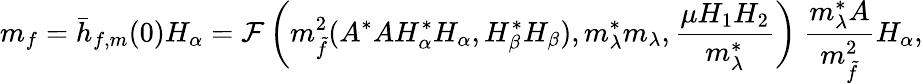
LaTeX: m_{f}=\bar{h}_{f,m}(0)H_{\alpha}={\cal F}\left(m_{\tilde{f}}^{2}(A^{*}AH_{\alpha}^{*}H_{\alpha},H_{\beta}^{*}H_{\beta}),m_{\lambda}^{*}m_{\lambda},\frac{\mu H_{1}H_{2}}{m_{\lambda}^{*}}\right)~{\frac{m_{\lambda}^{*}A}{m_{\tilde{f}}^{2}}}H_{\alpha},